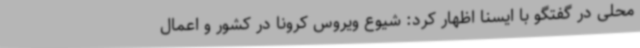
محلی در گفتگو با ایسنا اظهار کرد: شیوع ویروس کرونا در کشور و اعمال